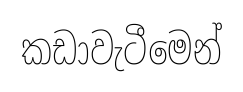
කඩාවැටීමෙන්